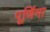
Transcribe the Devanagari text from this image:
पूणि॔मा